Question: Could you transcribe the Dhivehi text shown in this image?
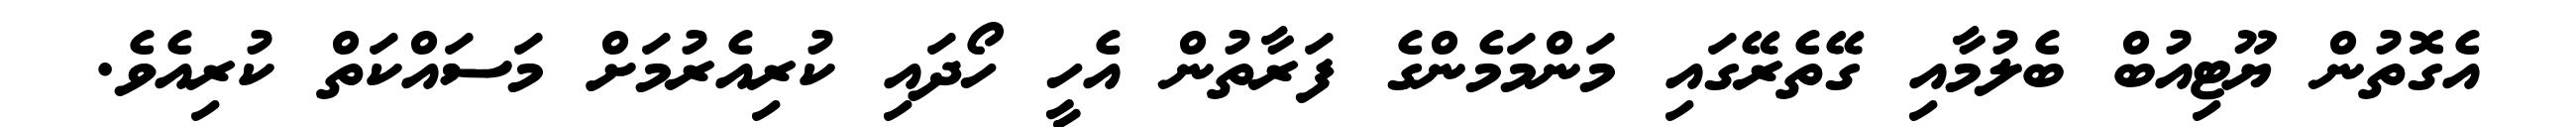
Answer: އެގޮތުން ޔޫޓިއުބް ބެލުމާއި ގޭތެރޭގައި މަންމަމެންގެ ފަރާތުން އެހީ ހޯދައި ކުރިއެރުމަށް މަސައްކަތް ކުރިއެވެ.